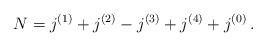
LaTeX: \begin{align*} N = j^{(1)} + j^{(2)} - j^{(3)} + j^{(4)} + j^{(0)} \,. \end{align*}